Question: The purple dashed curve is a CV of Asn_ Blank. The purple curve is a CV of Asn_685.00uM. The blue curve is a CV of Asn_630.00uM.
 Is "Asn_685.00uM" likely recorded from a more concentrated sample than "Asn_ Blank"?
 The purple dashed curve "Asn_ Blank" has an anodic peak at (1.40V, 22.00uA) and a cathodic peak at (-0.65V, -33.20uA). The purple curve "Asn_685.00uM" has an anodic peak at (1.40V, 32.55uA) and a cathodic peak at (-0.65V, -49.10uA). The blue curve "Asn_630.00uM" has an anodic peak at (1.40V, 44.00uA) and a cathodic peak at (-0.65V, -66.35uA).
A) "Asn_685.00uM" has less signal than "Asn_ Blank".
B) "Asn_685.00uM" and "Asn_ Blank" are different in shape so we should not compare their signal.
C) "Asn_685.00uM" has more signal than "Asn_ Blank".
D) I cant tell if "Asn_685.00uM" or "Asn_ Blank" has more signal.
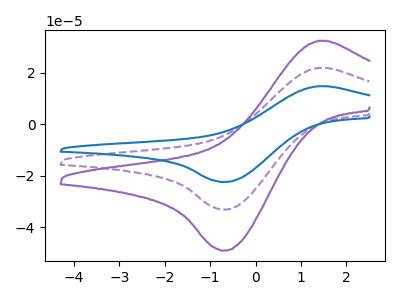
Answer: <think>All the peaks in "Asn_685.00uM" have a peak in "Asn_ Blank" at the same potential. Every peak in "Asn_685.00uM" is higher than every peak in "Asn_ Blank".
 </think>
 <answer>C) "Asn_685.00uM" has more signal than "Asn_ Blank".</answer>
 <eval>C</eval>